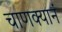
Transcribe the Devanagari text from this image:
चाणक्यानं